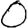
Digit: 0